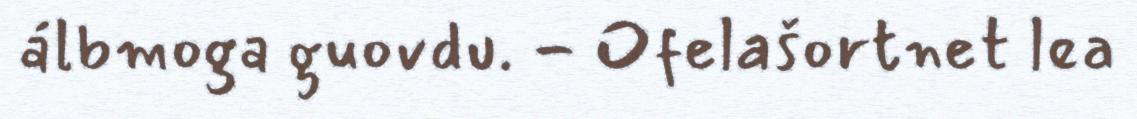
álbmoga guovdu. - Ofelašortnet lea